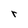
Character: r